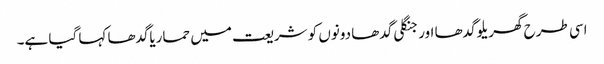
اسی طرح گھریلو گدھا اور جنگلی گدھا دونوں کو شریعت میں حماریاگدھا کہا گیا ہے۔